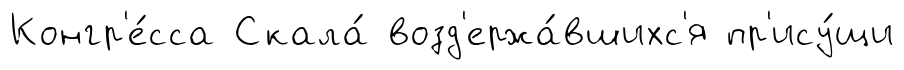
Конгр'е́сса Скала́ возд'ержа́вшихс'я пр'ису́щи